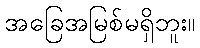
အခြေအမြစ်မရှိဘူး။